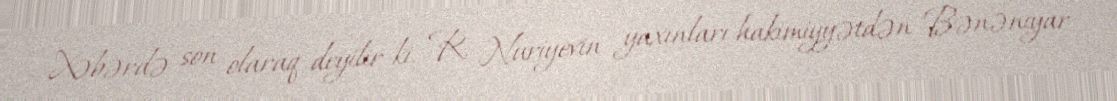
Xəbərdə son olaraq deyilir ki, R. Nuriyevin yaxınları hakimiyyətdən Bənəniyar